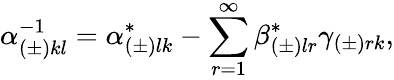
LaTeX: \alpha_{(\pm)kl}^{-1}=\alpha_{(\pm)lk}^{*}-\sum_{r=1}^{\infty}\beta_{(\pm)lr}^{*}\gamma_{(\pm)rk},